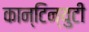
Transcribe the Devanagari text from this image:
कान्टिन्युटी